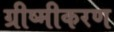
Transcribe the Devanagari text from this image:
ग्रीष्मीकरण